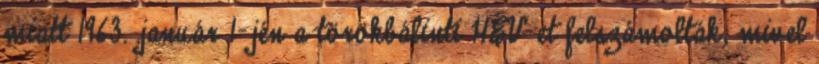
miatt 1963. január 1-jén a törökbálinti HÉV-et felszámolták, mivel